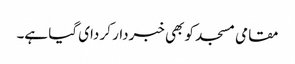
مقامی مسجد کو بھی خبردار کر دای گیا ہے۔